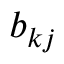
b _ { k j }